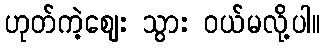
ဟုတ်ကဲ့ဈေး သွား ဝယ်မလို့ပါ။